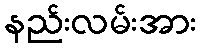
နည်းလမ်းအား